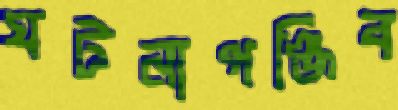
ঘটনাপঞ্জিব